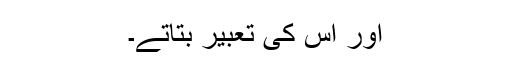
اور اس کی تعبیر بتاتے۔